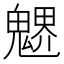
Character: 𩳻